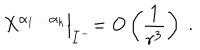
X ^ { \alpha _ { 1 } \ldots \alpha _ { k } } \Bigl | _ { { \cal I } ^ { - } } = O \left( \frac { 1 } { r ^ { 3 } } \right) \; .